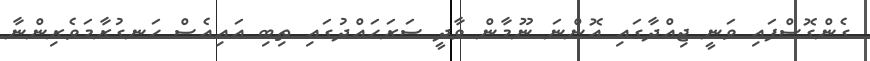
ގެންގޮސްފައި ވަނީ ޖިއްދާގައި އޮންނަ ނޫމާން ވާދީ ސަރަހައްދުގައި ތިބި އައިއެސް ހަނގުރާމަވެރިންނާ